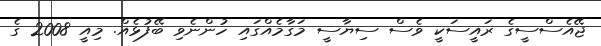
ޖޭއެސްސީގެ ރައީސަކީ ވެސް ސިޔާސީ މަގާމެއްގައި ހުންނެވި ބޭފުޅެއް. މިއީ 2008 ގެ